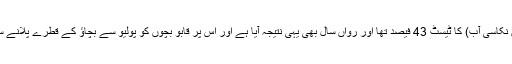
"گزشتہ سال کوئٹہ (میں نکاسی آب) کا ٹیسٹ 43 فیصد تھا اور رواں سال بھی یہی نتیجہ آیا ہے اور اس پر قابو بچوں کو پولیو سے بچاؤ کے قطرے پلانے سے ہی پایا جا سکتا ہے۔